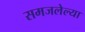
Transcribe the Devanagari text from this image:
समजलेल्या